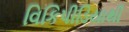
વિકિપીડિયાથી